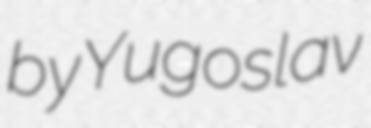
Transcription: by Yugoslav